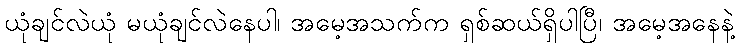
ယုံချင်လဲယုံ မယုံချင်လဲနေပါ၊ အမေ့အသက်က ရှစ်ဆယ်ရှိပါပြီ၊ အမေ့အနေနဲ့